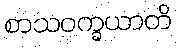
စာသဝက္ခယာတိ